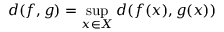
d ( f , g ) = \operatorname* { s u p } _ { x \in X } d ( f ( x ) , g ( x ) )